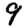
Digit: 9